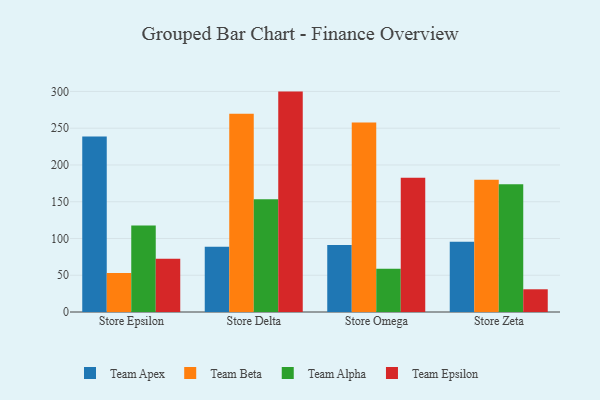
{"axis": {"x": "Store", "y": "Revenue (USD Million)"}, "legend": ["Team Alpha", "Team Apex", "Team Beta", "Team Epsilon"], "data": [{"x": "Store Epsilon", "y": 238.6, "type": "Team Apex"}, {"x": "Store Epsilon", "y": 53.2, "type": "Team Beta"}, {"x": "Store Epsilon", "y": 117.7, "type": "Team Alpha"}, {"x": "Store Epsilon", "y": 72.3, "type": "Team Epsilon"}, {"x": "Store Delta", "y": 88.8, "type": "Team Apex"}, {"x": "Store Delta", "y": 269.8, "type": "Team Beta"}, {"x": "Store Delta", "y": 153.5, "type": "Team Alpha"}, {"x": "Store Delta", "y": 299.8, "type": "Team Epsilon"}, {"x": "Store Omega", "y": 91.3, "type": "Team Apex"}, {"x": "Store Omega", "y": 257.6, "type": "Team Beta"}, {"x": "Store Omega", "y": 58.7, "type": "Team Alpha"}, {"x": "Store Omega", "y": 182.7, "type": "Team Epsilon"}, {"x": "Store Zeta", "y": 95.4, "type": "Team Apex"}, {"x": "Store Zeta", "y": 179.8, "type": "Team Beta"}, {"x": "Store Zeta", "y": 173.7, "type": "Team Alpha"}, {"x": "Store Zeta", "y": 30.9, "type": "Team Epsilon"}]}